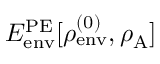
E _ { \mathrm { e n v } } ^ { \mathrm { P E } } [ \rho _ { \mathrm { e n v } } ^ { ( 0 ) } , \rho _ { \mathrm { A } } ]